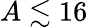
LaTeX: A\lesssim 16